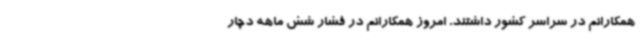
همکارانم در سراسر کشور داشتند. امروز همکارانم در فشار شش ماهه دچار